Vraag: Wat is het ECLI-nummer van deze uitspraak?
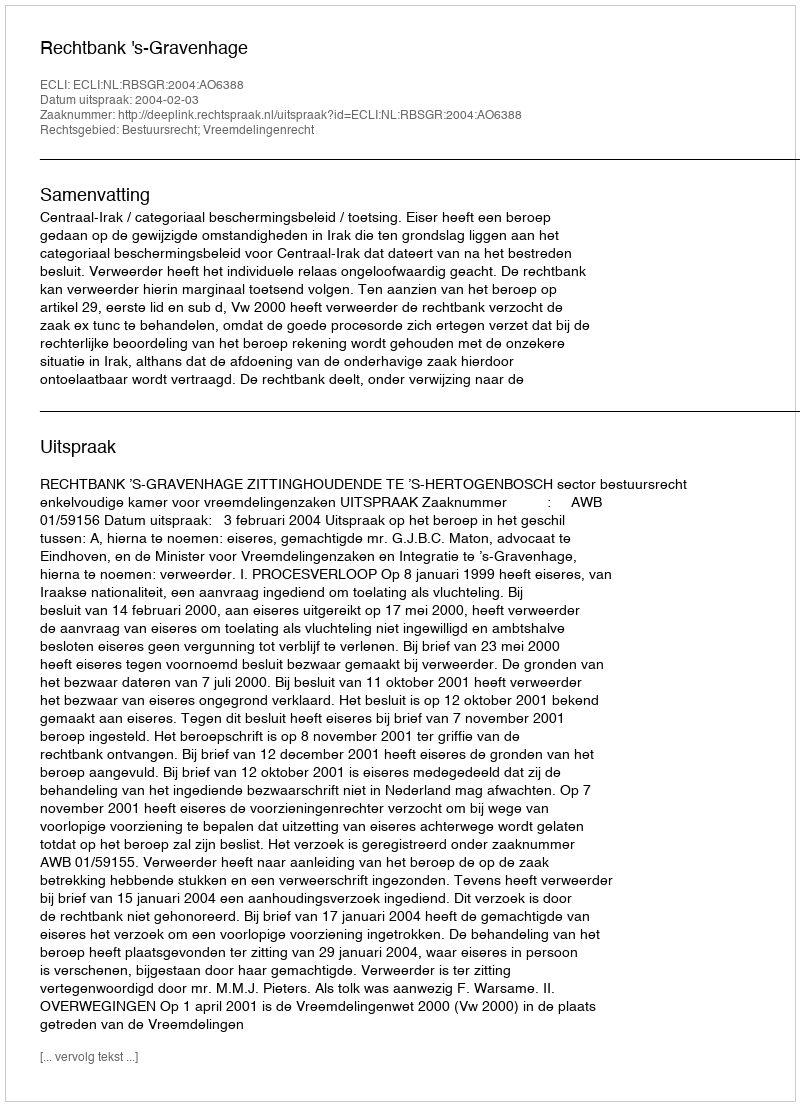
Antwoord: ECLI:NL:RBSGR:2004:AO6388